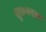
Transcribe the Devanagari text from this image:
शुभ्रवस्त्र